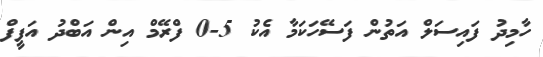
ހާމިދު ފައިސަލް އަތުން ފަސޭހަކަމާ އެކު 5-0 ފްރޭމް އިން އަބްދު އަފީފް